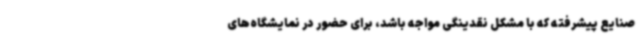
صنایع پیشرفته که با مشکل نقدینگی مواجه باشد، برای حضور در نمایشگاه‌های